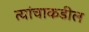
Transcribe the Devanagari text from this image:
त्यांचाकडील